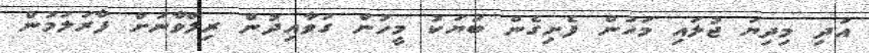
އަދި މިދިޔަ ޖުލައި މަހުން ފެށިގެން ބަޔަކު މީހުން ގަވާއިދުން ރިލްވާނަށް ފާރަލަމުން